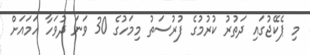
މި ޕެކޭޖުގައި ދަތުރު ކުރުމުގެ ފުރުސަތު މިމަހުގެ 30 ވަނަ ދުވަހާ ހަމައަށް